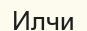
Илчи